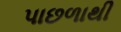
પાછળાથી